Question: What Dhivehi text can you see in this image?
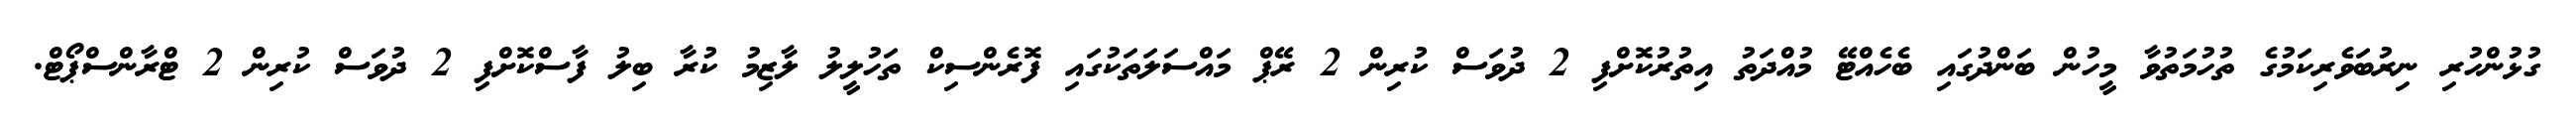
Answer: ގުޅުންހުރި ނިރުބަވެރިކަމުގެ ތުހުމަތުވާ މީހުން ބަންދުގައި ބެހެއްޓޭ މުއްދަތު އިތުރުކޮށްފި 2 ދުވަސް ކުރިން 2 ރޭޕް މައްސަލަތަކުގައި ފޮރެންސިކް ތަހުލީލު ލާޒިމު ކުރާ ބިލު ފާސްކޮށްފި 2 ދުވަސް ކުރިން 2 ޓްރާންސްޕޯޓް.